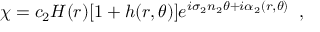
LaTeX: \chi = c _ { 2 } H ( r ) [ 1 + h ( r , \theta ) ] e ^ { i \sigma _ { 2 } n _ { 2 } \theta + i \alpha _ { 2 } ( r , \theta ) } \; \; ,